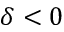
\delta < 0